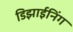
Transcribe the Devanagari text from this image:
डिझाईनिंग